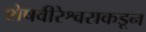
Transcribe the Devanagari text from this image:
शेषवीरेश्वराकडून